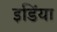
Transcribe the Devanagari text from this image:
इडिंया